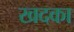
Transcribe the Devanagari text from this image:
खदका